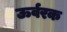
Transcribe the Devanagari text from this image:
ऊर्वरक